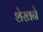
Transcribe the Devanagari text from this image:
शेखने